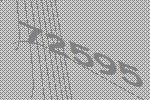
72595